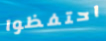
احتفظوا